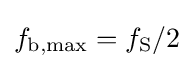
f_{\mathrm {b} ,\mathrm {max} }=f_{\mathrm {S} }/2